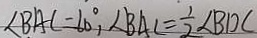
\angle B A C = 6 0 ^ { \circ } , \angle B A C = \frac { 1 } { 2 } \angle B D C